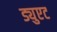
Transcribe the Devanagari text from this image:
ड्युएट